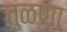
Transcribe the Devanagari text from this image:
तुळणा